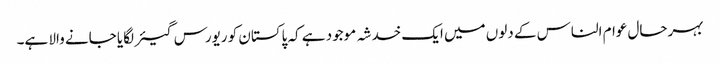
بہرحال عوام الناس کے دلوں میں ایک خدشہ موجود ہے کہ پاکستان کو ریورس گیئر لگایا جانے والا ہے۔